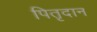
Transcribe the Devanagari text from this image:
पितृदान